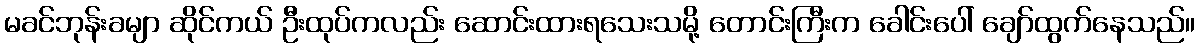
မခင်ဘုန်းခမျာ ဆိုင်ကယ် ဦးထုပ်ကလည်း ဆောင်းထားရသေးသမို့ တောင်းကြီးက ခေါင်းပေါ် ချော်ထွက်နေသည်။